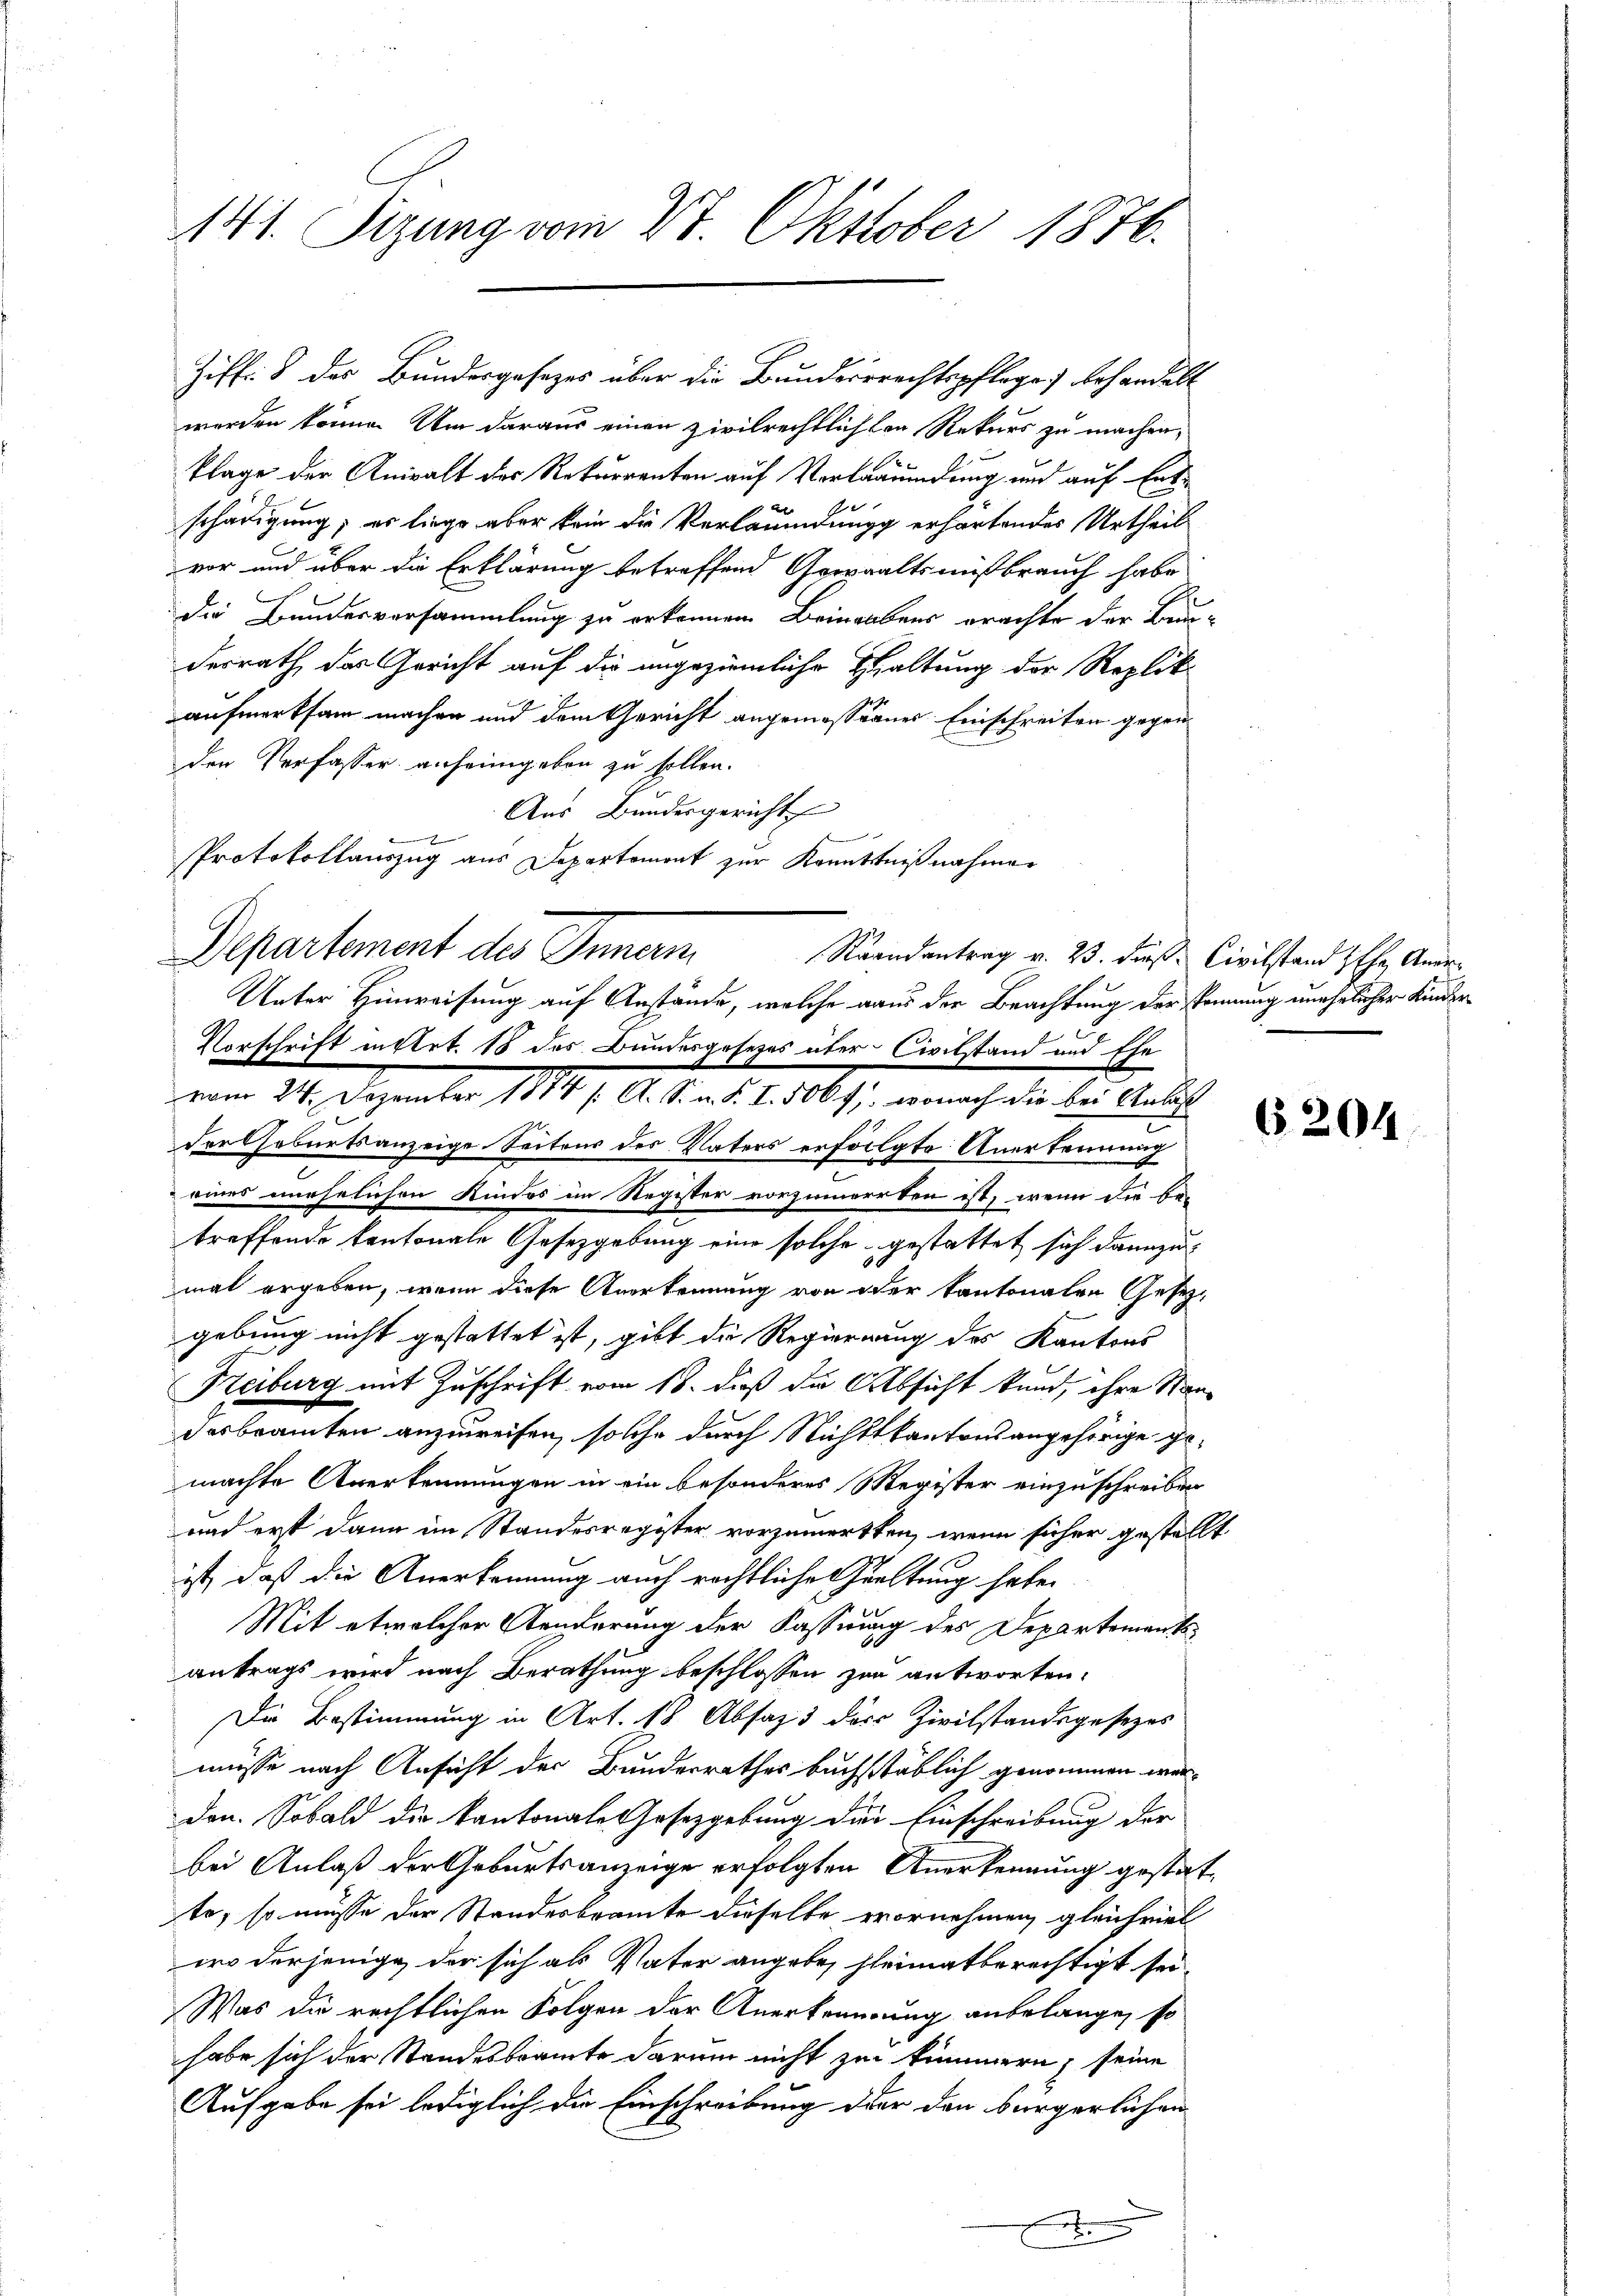
141. Sizung vom 27. Oktober 1876.

werden könne. Um daraus einen zivilrechtlichten Rekurs zu machen,
klage der Anwalt des Rekurrenten auf Verläumdung und auf Entschädigung; es liege aber kein die Verläumdungg erhärtendes Urtheil
vor und über die Erklärung betreffend Gewalts mißbrauch habe
die Bundesversammlung zu erkennen Beingabens erachte der Bundesrath das Gericht auf die angeziemliche Haltung der Replikaufmerksam machen und dem Gericht angemessenes Einschreiten gegen
den Verfasser anheimgeben zu sollen.
Aus Bundesgericht

dortseburtsanzeige Seitens des Vaters erfolgte Anerkennung
eines unehelichen Kindes im Register vorzumerrten ist, wenn die be-
treffende kantonale Gesetzgebung eine solche gestattet sich dannzumal ergeben, wenn diese Anerkennung von der kantonalen Gesetzgebung nicht gestattet ist, gibt die Regierung des Kantons
Freiburg mit Zuschrift vom 18. dieß die Absicht kund, ihre Standesbeamten anzuweisen, solche durch Nichtskantonsangehörige gemachte Anerkennungen in ein besonderes Register einzuschreiben
und erst dann im Standesregister vorzumerkten, wenn sicher gestellt
ist, daß die Anerkennung auch rechtliche Gualtung habe.
Mit etwelcher Aenderung der Kasserung des Departements
antrags wird nach Berathung beschlossen zur antworten.
Die Bestimmung in Art. 18 Absaz das Zivilstandsgesezes
müsse nach Ansicht der Bunderrathes buchstäblich genommen werden. Sobald die kantonale Gesetzgebung der Einschreibung der
bei Anlaß der Geburtsanzeige erfolgten Anerkennung gestatte, so müsse der Standesbeamte dieselbe vornehmen, gleichviel
wo derjenige der sich als Vater angebe, heimatberechtigt sei
Was die rechtlichen Folgen der Anerkennung anbelange, so
habe sich der Standesbeamte darum nicht zur kümmern, seine
Aufgabe sei lediglich die Einschreibung der den bürgerlichen
x
u

Ziff. 8 des Bundesgesezes über die Bundesrechtspflege behandelt

Protokollauszug aus Departemont zur Kenntnißnahmen
Departement des Innan
Raandantrag v. 23. dieß. Civilstand Ihr Aner¬
Unter Hinweisung auf Anstände, welche aus der Beachtung der kennung unehelicher Kinder
Vorschrift instet. 18 des Bundesgesezes über Civilstand und Ehevom 24. Dezember 1814 /: A. S. n. F. I. 506 f. wonach die bei Anlaß

6204